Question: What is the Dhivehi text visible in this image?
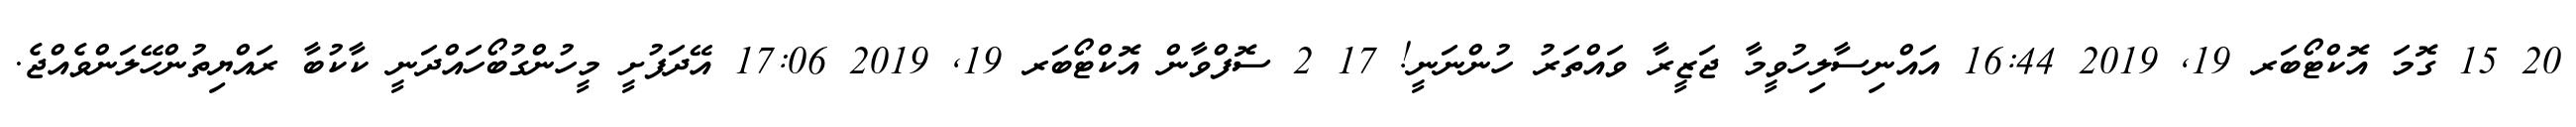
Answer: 20 15 ގޮމަ އޮކްޓޯބަރ 19, 2019 16:44 އައްނިސާލިހުވީމާ ޖަޒީރާ ވައްތަރު ހުންނަނީ! 17 2 ސޮފްވާން އޮކްޓޯބަރ 19, 2019 17:06 އޭދަފުށީ މީހުންގުބޯހައްދަނީ ކާކުބާ ރައްޔިތުންހޭލަންވެއްޖެ.